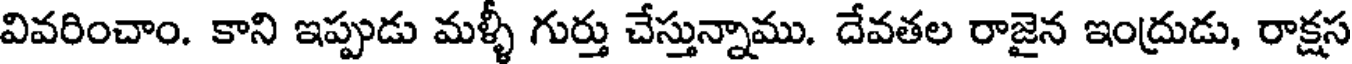
వివరించాం. కాని ఇప్పుడు మళ్ళీ గుర్తు చేస్తున్నాము. దేవతల రాజైన ఇంద్రుడు, రాక్షస